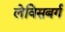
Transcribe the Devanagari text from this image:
लेविसबर्ग